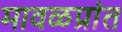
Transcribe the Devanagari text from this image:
मावळप्रांत